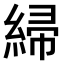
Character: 𫃲